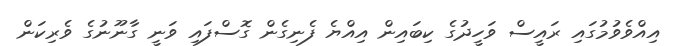
އިއްވެވުމުގައި ރައީސް ވަހީދުގެ ކިބައިން އިއްޔެ ފެނިގެން ގޮސްފައި ވަނީ ގާނޫނުގެ ވެރިކަން